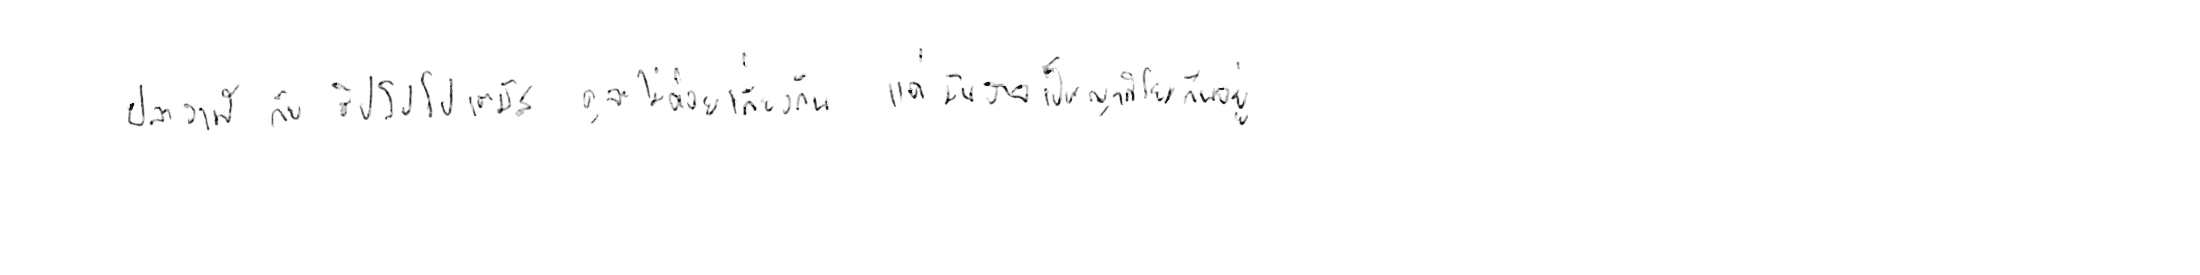
ปลาวาฬ กับ ฮิปโปโปเตมัส ดูจะไม่ค่อยเกี่ยวกัน แต่มันอาจเป็นญาติโยมกันอยู่